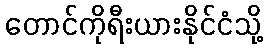
တောင်ကိုရီးယားနိုင်ငံသို့